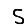
Digit: 5